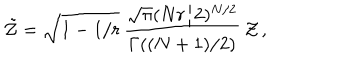
\tilde { \cal Z } = \sqrt { 1 - 1 / r } \, { \frac { \sqrt { \pi } ( N r / 2 ) ^ { N / 2 } } { \Gamma ( ( N + 1 ) / 2 ) } } \, { \cal Z } \, ,